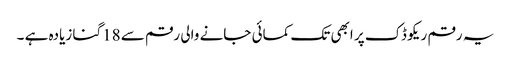
یہ رقم ریکو ڈک پر ابھی تک کمائی جانے والی رقم سے 18گنا زیادہ ہے ۔